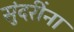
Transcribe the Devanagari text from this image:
सुंदरींना